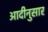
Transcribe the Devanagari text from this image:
आदीनुसार